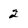
Character: 2